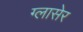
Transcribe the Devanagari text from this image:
ग्लासेर